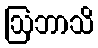
ဩဘာသိ